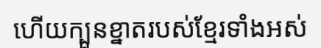
ហើយក្បួនខ្នាតរបស់ខ្មែរទាំងអស់